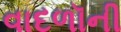
વાદળૉની